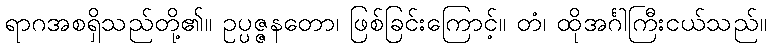
ရာဂအစရှိသည်တို့၏။ ဥပ္ပဇ္ဇနတော၊ ဖြစ်ခြင်းကြောင့်။ တံ၊ ထိုအင်္ဂါကြီးငယ်သည်။